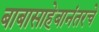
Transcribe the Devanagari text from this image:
बाबासाहेबानंतरचे